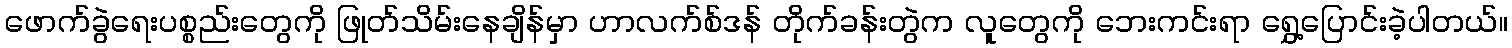
ဖောက်ခွဲရေးပစ္စည်းတွေကို ဖြုတ်သိမ်းနေချိန်မှာ ဟာလက်စ်ဒန် တိုက်ခန်းတွဲက လူတွေကို ဘေးကင်းရာ ရွှေ့ပြောင်းခဲ့ပါတယ်။